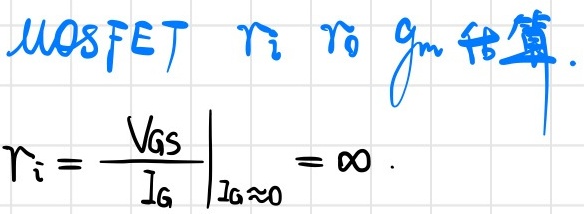
MOSFET  $r_i$  $r_o$  $g_m$ 估算.
\[r_i = \left.\frac{V_{GS}}{I_G}\right|_{I_G\approx 0}= \infty\]